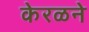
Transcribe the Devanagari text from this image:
केरळने